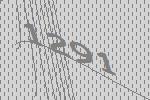
1291